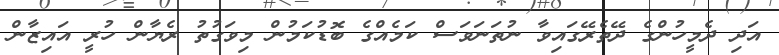
އަދި ދެމީހުންގެ ދޭތެރޭގައިވާ ނުތަނަވަސް ކަމެއްގެ ބޮޑުކަމުން މިވަގުތު ރެޔާން ހުރީ އައިޒާން